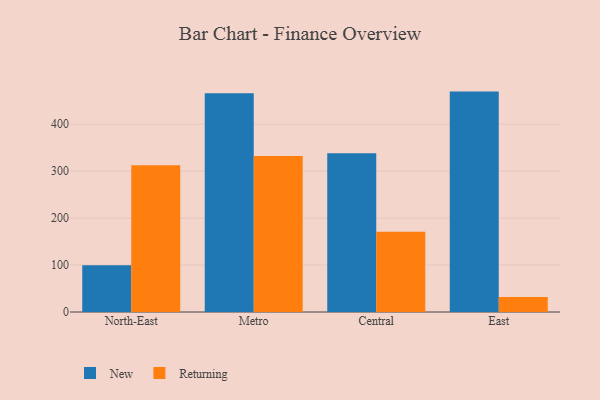
{"axis": {"x": "Region", "y": "Active Users"}, "legend": ["New", "Returning"], "data": [{"x": "North-East", "y": 99.7, "type": "New"}, {"x": "North-East", "y": 312.8, "type": "Returning"}, {"x": "Metro", "y": 466.2, "type": "New"}, {"x": "Metro", "y": 332.3, "type": "Returning"}, {"x": "Central", "y": 338.3, "type": "New"}, {"x": "Central", "y": 171.1, "type": "Returning"}, {"x": "East", "y": 469.5, "type": "New"}, {"x": "East", "y": 31.9, "type": "Returning"}]}